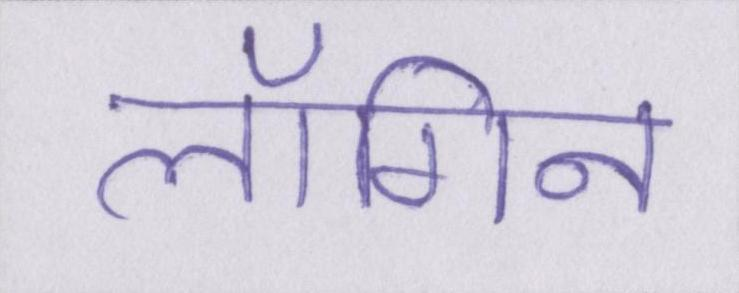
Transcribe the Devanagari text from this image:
लॉगिन